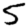
Digit: 5